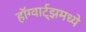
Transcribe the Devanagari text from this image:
हॉग्वार्ट्झमध्ये